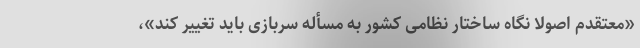
«معتقدم اصولاً نگاه ساختار نظامی کشور به مسأله سربازی باید تغییر کند»،